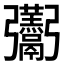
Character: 𮫛